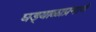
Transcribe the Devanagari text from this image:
घड्याळाप्रमाणे